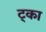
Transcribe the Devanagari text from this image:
ट्का